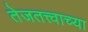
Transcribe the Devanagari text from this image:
तेजतत्त्वाच्या